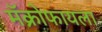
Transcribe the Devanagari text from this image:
मॅक्रोफायला